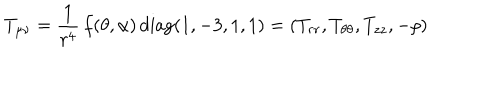
T _ { \mu \nu } = \frac { 1 } { r ^ { 4 } } \, f ( \theta , \alpha ) \, \mathrm { d i a g } ( 1 , - 3 , 1 , 1 ) = ( T _ { r r } , T _ { \theta \theta } , T _ { z z } , - \rho )